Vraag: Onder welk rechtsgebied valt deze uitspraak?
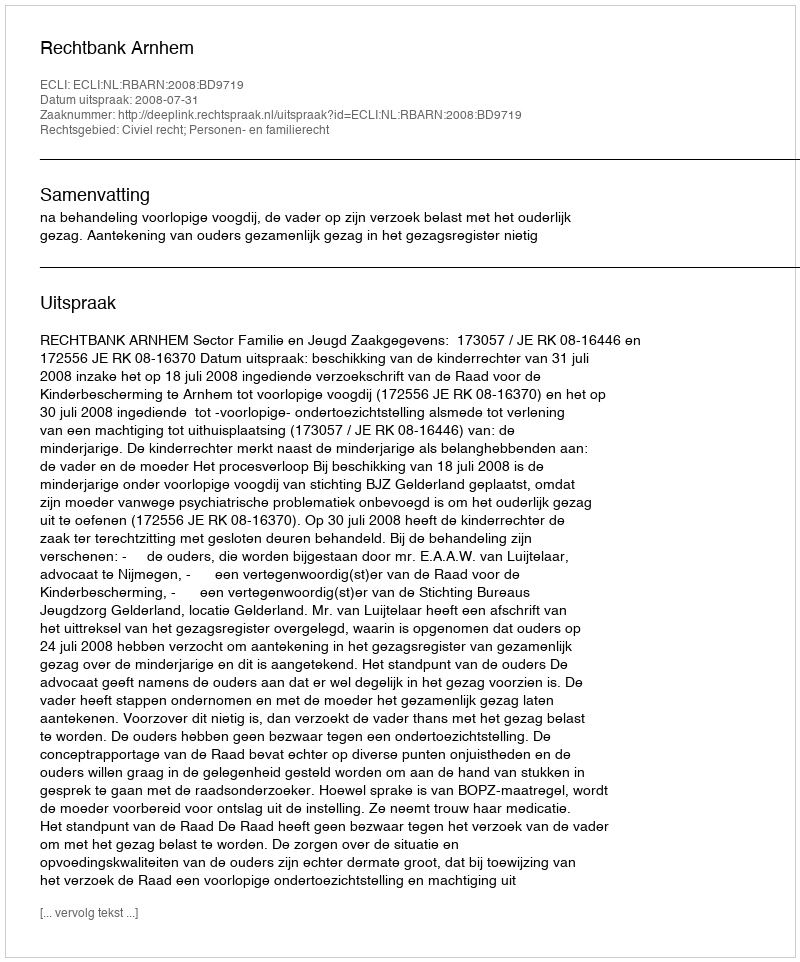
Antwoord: Civiel recht; Personen- en familierecht